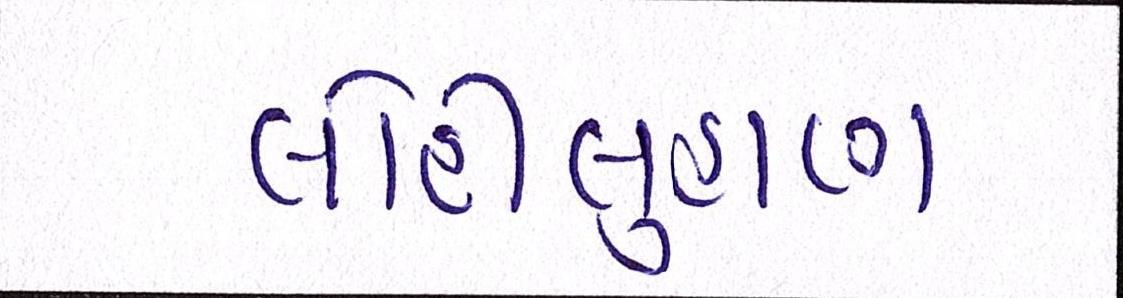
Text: લોહીલુહાણ